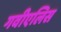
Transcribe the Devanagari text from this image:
गवीएलिस